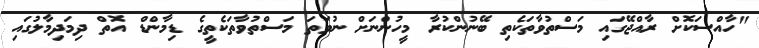
"ހާއްސަކޮށް ރާއްޖޭގައި މަސްތުވާތަކެތި ބޭނުންކުރާ މީހުންނަށް ނުވަތަ މަސްތުވާތަކެތީގެ ޑިމާންޑް އޮތް ދިމަދިމާލުގައި